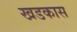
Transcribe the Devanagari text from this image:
खडकास